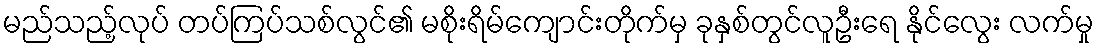
မည်သည့်လုပ် တပ်ကြပ်သစ်လွင်၏ မစိုးရိမ်ကျောင်းတိုက်မှ ခုနှစ်တွင်လူဦးရေ နိုင်လွေး လက်မှု